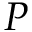
P